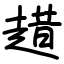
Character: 趞